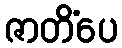
ဇာတိံပေ